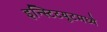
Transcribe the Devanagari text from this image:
इन्स्टिटयूटमध्ये